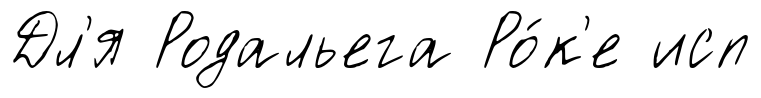
Дл'я Родальега Ро́к'е исп